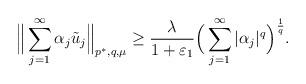
LaTeX: \begin{align*}\Big\| \sum_{j = 1}^\infty \alpha_j \tilde{u}_j \Big\|_{p^*,q,\mu} \geq \frac{\lambda}{1 + \varepsilon_1}\Big( \sum_{j = 1}^\infty |\alpha_j|^q \Big)^{\frac1{q}}.\end{align*}